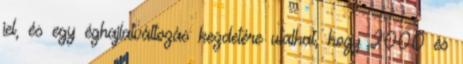
jel, és egy éghajlatváltozás kezdetére utalhat, hogy 2000 és